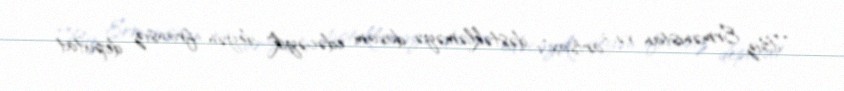
“Biz Ermənistan və ”artsax"ı dəstəkləməyə davam edəcəyik" deyən fransız deputat